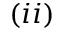
( i i )